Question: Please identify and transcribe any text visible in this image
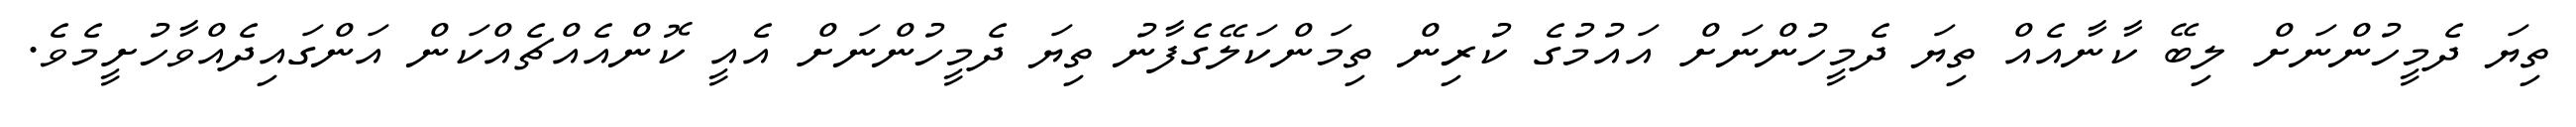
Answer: ތިޔަ ދެމީހުންނަށް ލިބޭ ކާނާއެއް ތިޔަ ދެމީހުންނަށް އައުމުގެ ކުރިން ތިމަންކަލޭގެފާނު ތިޔަ ދެމީހުންނަށް އެއީ ކޮންއެއްޗެއްކަން އަންގައިދެއްވާހުށީމެވެ.